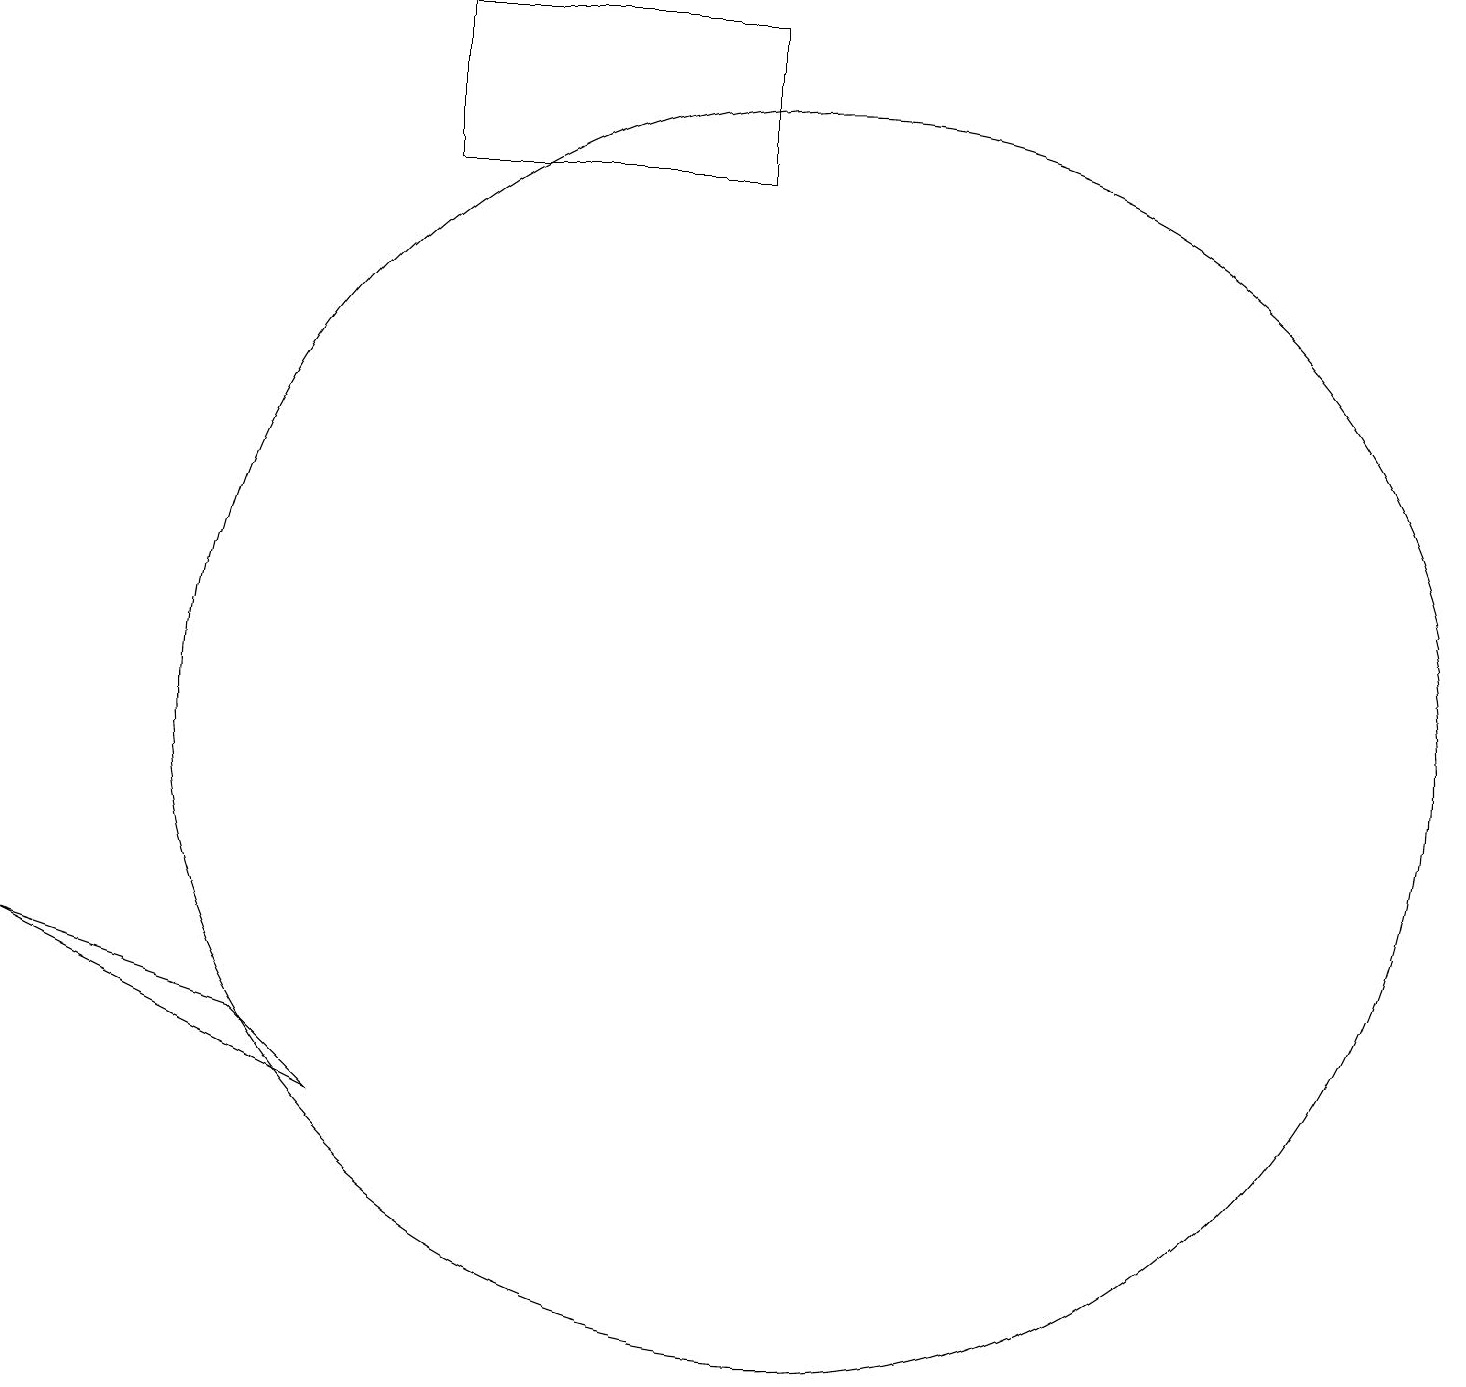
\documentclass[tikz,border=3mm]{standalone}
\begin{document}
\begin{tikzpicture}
\draw (10,10) circle (8);
\draw (3,6) -- (0,7) -- (4,5) -- cycle;
\draw (9,17) rectangle (5,19);
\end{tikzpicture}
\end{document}